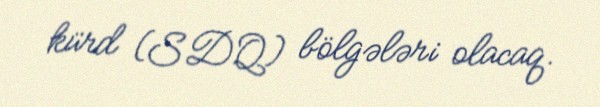
kürd (SDQ) bölgələri olacaq.